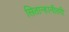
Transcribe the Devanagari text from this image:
सितान्हानीतरी